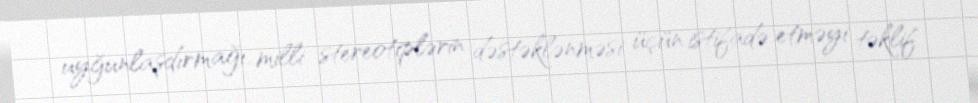
uyğunlaşdırmağı, milli stereotiplərin dəstəklənməsi üçün istifadə etməyi təklif